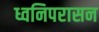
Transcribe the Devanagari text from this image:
ध्वनिपरासन